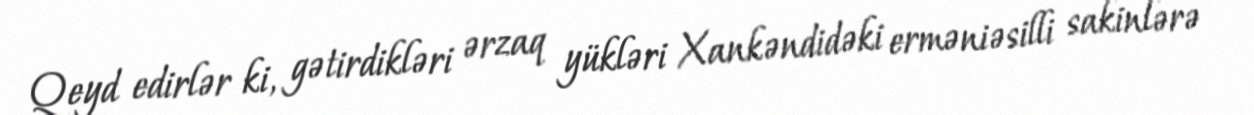
Qeyd edirlər ki, gətirdikləri ərzaq yükləri Xankəndidəki erməniəsilli sakinlərə